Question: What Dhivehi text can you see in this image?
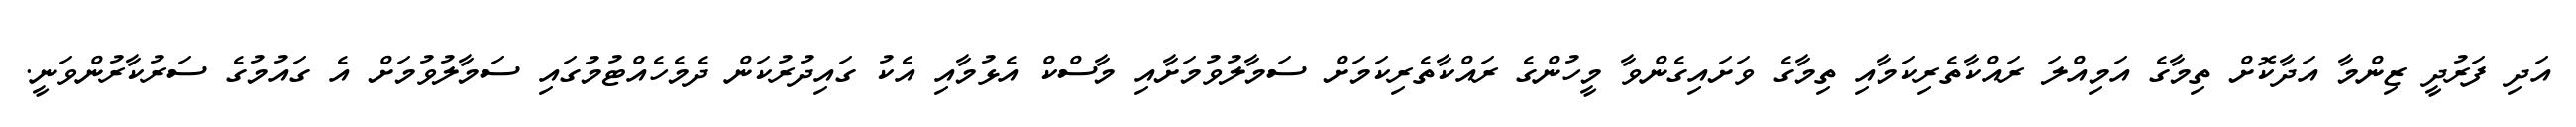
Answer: އަދި ފަރުދީ ޒިންމާ އަދާކޮށް ތިމާގެ އަމިއްލަ ރައްކާތެރިކަމާއި ތިމާގެ ވަށައިގެންވާ މީހުންގެ ރައްކާތެރިކަމަށް ސަމާލުވުމަށާއި މާސްކް އެޅުމާއި އެކު ގައިދުރުކަން ދެމެހެއްޓުމުގައި ސަމާލުވުމަށް އެ ގައުމުގެ ސަރުކާރުންވަނީ.